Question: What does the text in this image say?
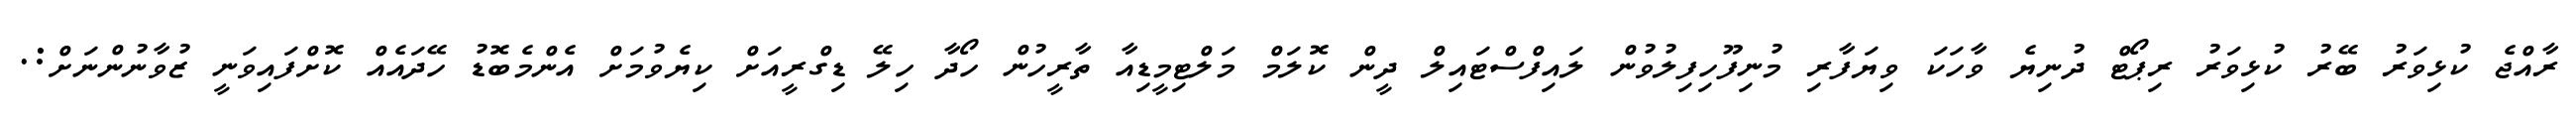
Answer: ރާއްޖެ ކުޅިވަރު ބޭރު ކުޅިވަރު ރިޕޯޓް ދުނިޔެ ވާހަކަ ވިޔަފާރި މުނިފޫހިފިލުވުން ލައިފްސްޓައިލް ދީން ކޮލަމް މަލްޓިމީޑިއާ ތާރީހުން ހޯދާ ހިލޭ ޑިގްރީއަށް ކިޔެވުމަށް އެންމެބޮޑު ހޭދައެއް ކޮށްފައިވަނީ ޒުވާނުންނަށް:.